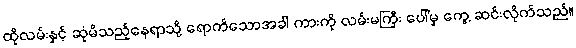
ထိုလမ်းနှင့် ဆုံမိသည့်နေရာသို့ ရောက်သောအခါ ကားကို လမ်းမကြီး ပေါ်မှ ကွေ့ ဆင်းလိုက်သည်။